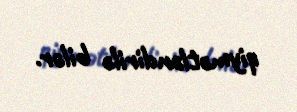
qiymətləndirilə bilər.